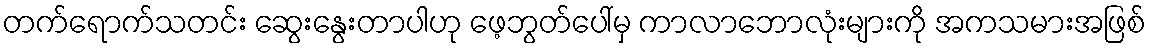
တက်ရောက်သတင်း ဆွေးနွေးတာပါဟု ဖေ့ဘွတ်ပေါ်မှ ကာလာဘောလုံးများကို အကသမားအဖြစ်